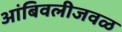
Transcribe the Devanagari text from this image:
आंबिवलीजवळ